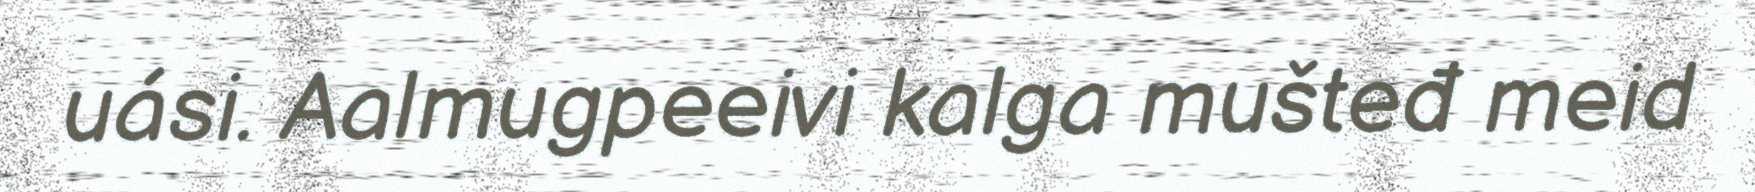
uási. Aalmugpeeivi kalga mušteđ meid